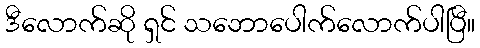
ဒီလောက်ဆို ရှင် သဘောပေါက်လောက်ပါပြီ။